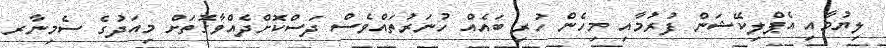
ލިޔުމާއި އެޕްލިކޭޝަން ފުރުމާއި މިހެން ހުރި ބައެއް ހުނަރުތައްވެސް ދަސްކޮށްދެއްވާގޮތަށް މިއަދުގެ ސެމިނާރ